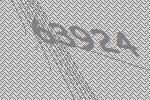
63924